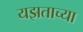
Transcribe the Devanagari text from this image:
यझताच्या